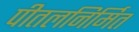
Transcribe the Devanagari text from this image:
पीतलनिर्मित